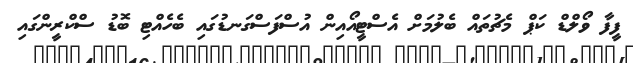
ފީފާ ވޯލްޑް ކަޕް މެޗުތައް ބެލުމަށް އެސްޓީއޯއިން އުސްފަސްގަނޑުގައި ބެހެއްޓި ބޮޑު ސްކްރީންގައި